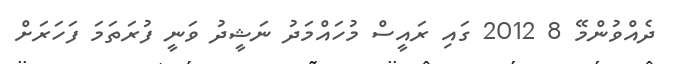
ދެއްވުންމޭ 8 2012 ގައި ރައީސް މުހައްމަދު ނަޝީދު ވަނީ ފުރަތަމަ ފަހަރަށް